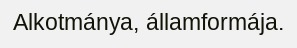
Alkotmánya, államformája.